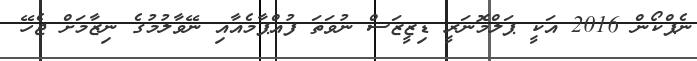
ނެޕްކޯން 2016 އަކީ ޕަލްމޮނަރީ ޑިޒީޒަސް ނުވަތަ ފުއްޕާމެއާއި ނޭވާލުމުގެ ނިޒާމަށް ޖެހޭ